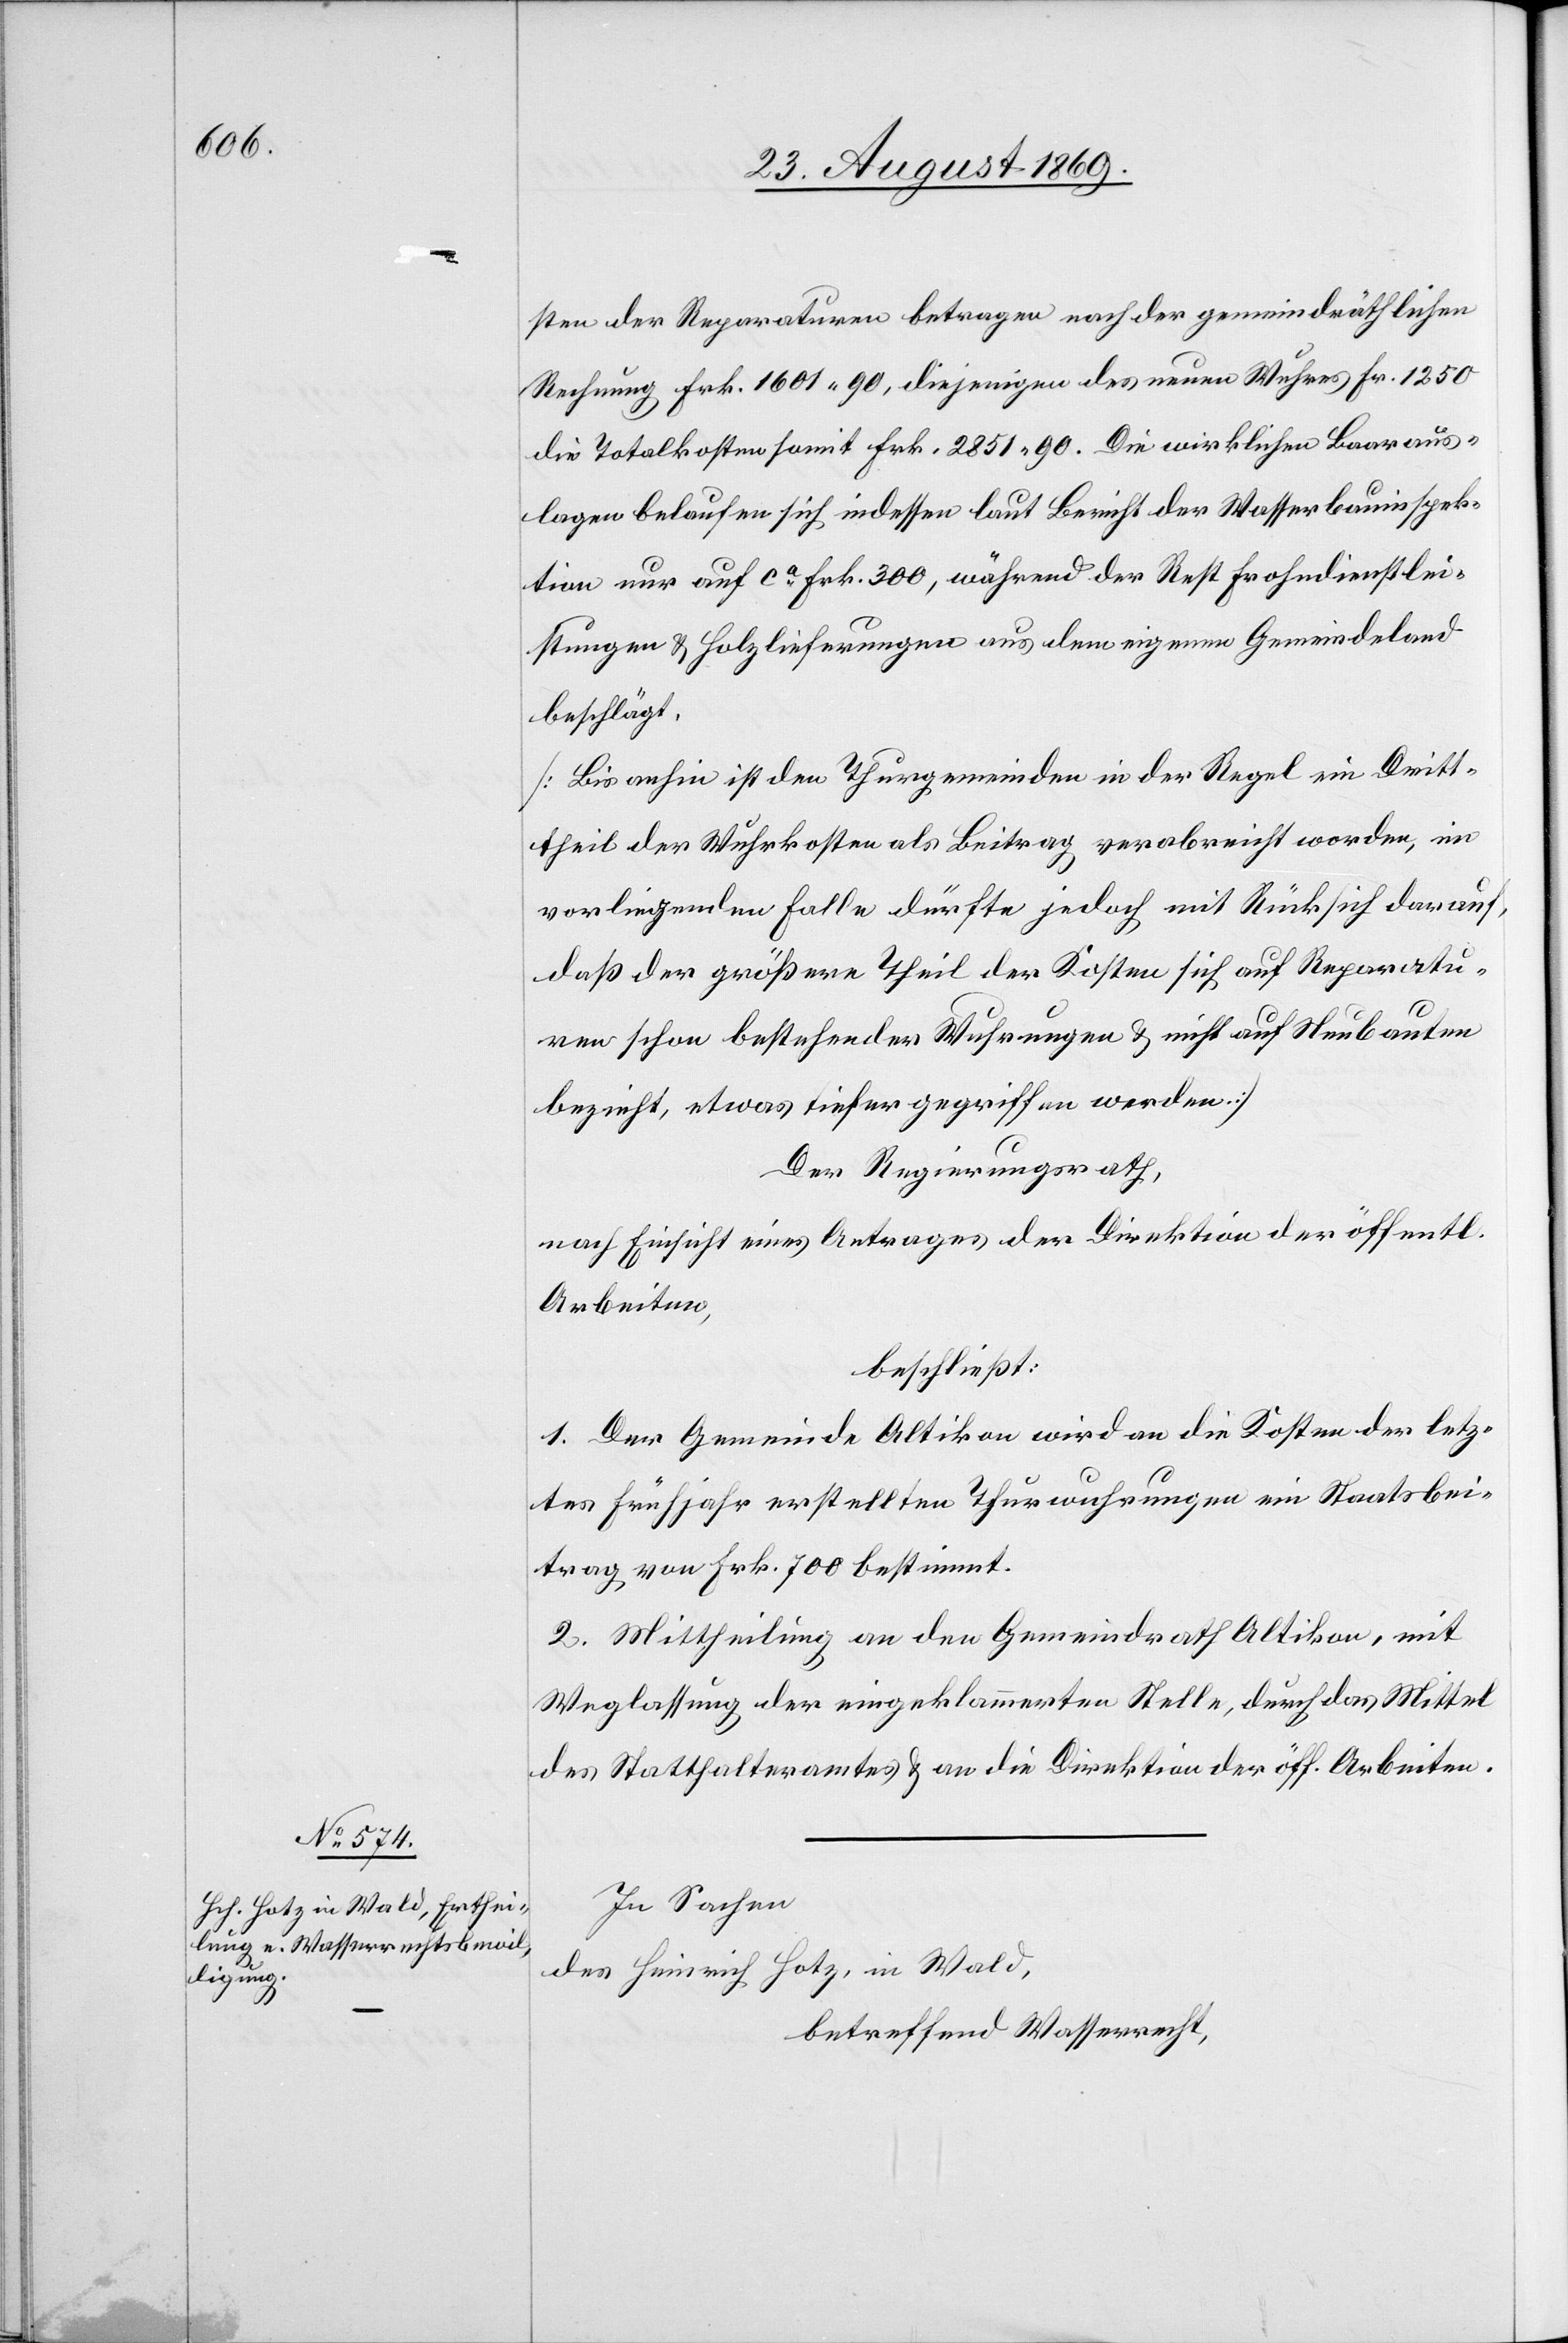
sten der Reparaturen betragen nach der gemeindräthlichen
Rechnung Frk. 1601 90, diejenigen des neuen Wuhres Fr. 1250[,]
die Totalkosten somit Frk. 2851 90. Die wirklichen Baaraus¬
lagen belaufen sich indessen laut Bericht der Wasserbauinspek¬
tion nur auf ca Frk. 300, während der Rest Frohndienstlei¬
stungen & Holzlieferungen aus dem eigenen Gemeindeland
beschlägt.
[Bis anhin ist den Thurgemeinden in der Regel ein Dritt¬
theil der Wuhrkosten als Beitrag verabreicht worden, im
vorliegenden Falle dürfte jedoch mit Rücksich[t] darauf,
daß der größere Theil der Kosten sich auf Reparatu¬
ren schon bestehender Wuhrungen & nicht auf Neubauten
bezieht, etwas tiefer gegriffen werden.]
Der Regierungsrath,
nach Einsicht eines Antrages der Direktion der öffentl.
Arbeiten,
beschließt:
1. Der Gemeinde Altikon wird an die Kosten der letz¬
tes Frühjahr erstellten Thurwuhrungen ein Staatsbei¬
trag von Frk. 700 bestimmt.
2. Mittheilung an den Gemeindrath Altikon, mit
Weglassung der eingeklammerten Stelle, durch das Mittel
des Statthalteramtes & an die Direktion der öff. Arbeiten.
In Sachen
des Heinrich Hotz, in Wald,
betreffend Wasserrecht,